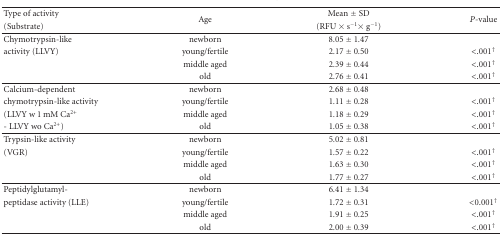
| Type of activity | <ROWSPAN=2> Age | Mean ± SD | <ROWSPAN=2> P-value |
 | (Substrate) | (RFU × s−1× g−1) |
 | --- | --- | --- | --- |
 | Chymotrypsin-like | newborn | 8.05 ± 1.47 |  |
 | activity (LLVY) | young/fertile | 2.17 ± 0.50 | <.001† |
 |  | middle aged | 2.39 ± 0.44 | <.001† |
 |  | old | 2.76 ± 0.41 | <.001† |
 | Calcium-dependent | newborn | 2.68 ± 0.48 |  |
 | chymotrypsin-like activity | young/fertile | 1.11 ± 0.28 | <.001† |
 | (LLVY w 1 mM Ca2+ | middle aged | 1.18 ± 0.29 | <.001† |
 | - LLVY wo Ca2+) | old | 1.05 ± 0.38 | <.001† |
 | Trypsin-like activity | newborn | 5.02 ± 0.81 |  |
 | (VGR) | young/fertile | 1.57 ± 0.22 | <.001† |
 |  | middle aged | 1.63 ± 0.30 | <.001† |
 |  | old | 1.77 ± 0.27 | <.001† |
 | Peptidylglutamyl- | newborn | 6.41 ± 1.34 |  |
 | peptidase activity (LLE) | young/fertile | 1.72 ± 0.31 | <0.001† |
 |  | middle aged | 1.91 ± 0.25 | <.001† |
 |  | old | 2.00 ± 0.39 | <.001† |